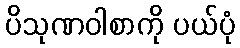
ပိသုဏဝါစာကို ပယ်ပုံ